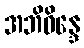
အဘိဝိန္ဒေ